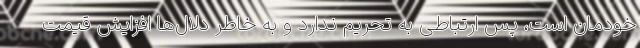
خودمان است، پس ارتباطی به تحریم ندارد و به خاطر دلال‌ها افزایش قیمت